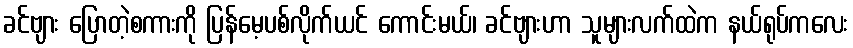
ခင်ဗျား ပြောတဲ့စကားကို ပြန်မေ့ပစ်လိုက်ယင် ကောင်းမယ်၊ ခင်ဗျားဟာ သူများလက်ထဲက နယ်ရုပ်ကလေး